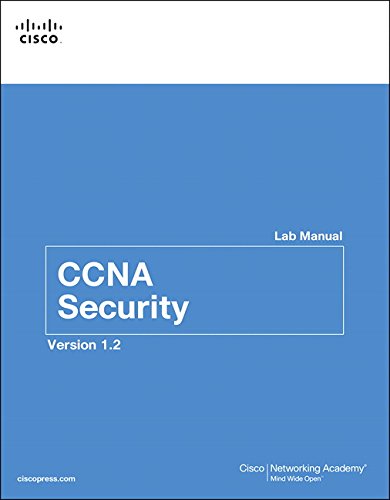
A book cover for CCNA Security Lab Manual Version 1.2 (3rd Edition) (Lab Companion); Cisco Networking Academy; Computers & Technology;